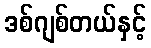
ဒစ်ဂျစ်တယ်နှင့်